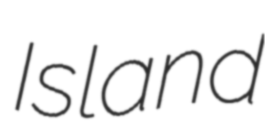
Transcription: Island